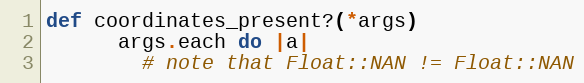
Language: Ruby
def coordinates_present?(*args)
      args.each do |a|
        # note that Float::NAN != Float::NAN